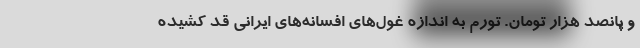
و پانصد هزار تومان. تورم به اندازه غول‌های افسانه‌های ایرانی قد کشیده